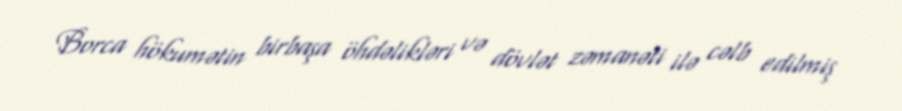
Borca hökumətin birbaşa öhdəlikləri və dövlət zəmanəti ilə cəlb edilmiş